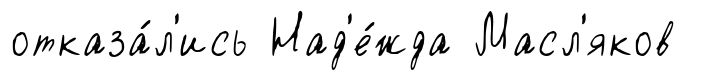
отказа́л'ись Над'е́жда Масл'яков